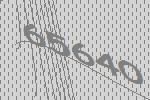
65640